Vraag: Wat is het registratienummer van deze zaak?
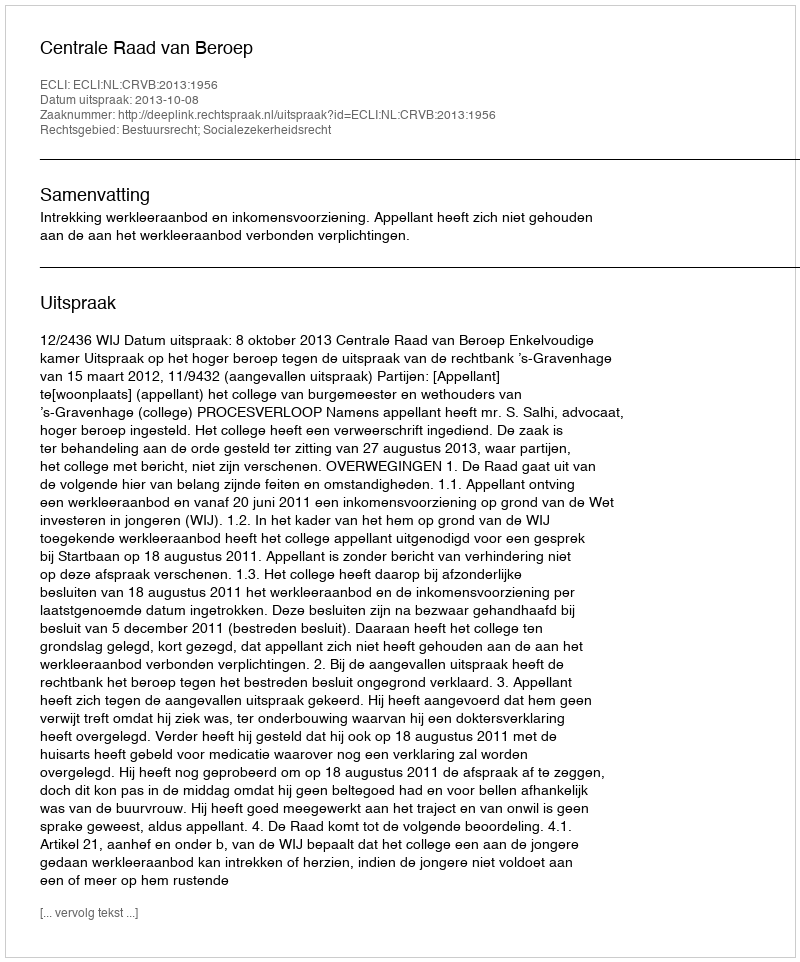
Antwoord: http://deeplink.rechtspraak.nl/uitspraak?id=ECLI:NL:CRVB:2013:1956